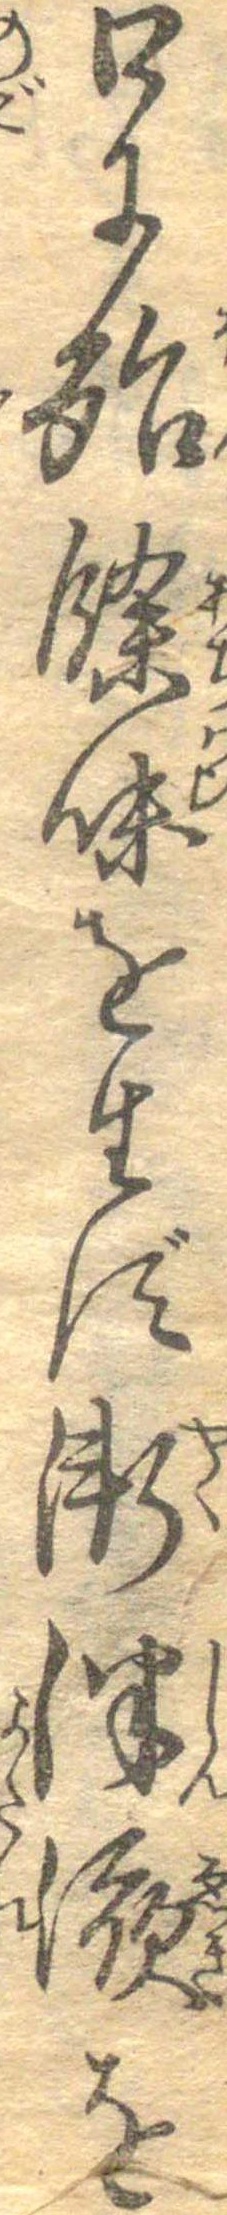
口に殆余味を生ず漸津液を